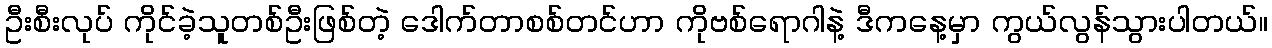
ဦးစီးလုပ် ကိုင်ခဲ့သူတစ်ဦးဖြစ်တဲ့ ဒေါက်တာစစ်တင်ဟာ ကိုဗစ်ရောဂါနဲ့ ဒီကနေ့မှာ ကွယ်လွန်သွားပါတယ်။